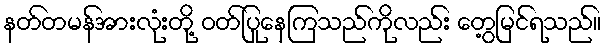
နတ်တမန်အားလုံးတို့ ဝတ်ပြုနေကြသည်ကိုလည်း တွေ့မြင်ရသည်။